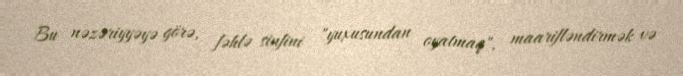
Bu nəzəriyyəyə görə, fəhlə sinfini "yuxusundan oyatmaq", maarifləndirmək və